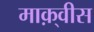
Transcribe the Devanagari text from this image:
माक़्वीस